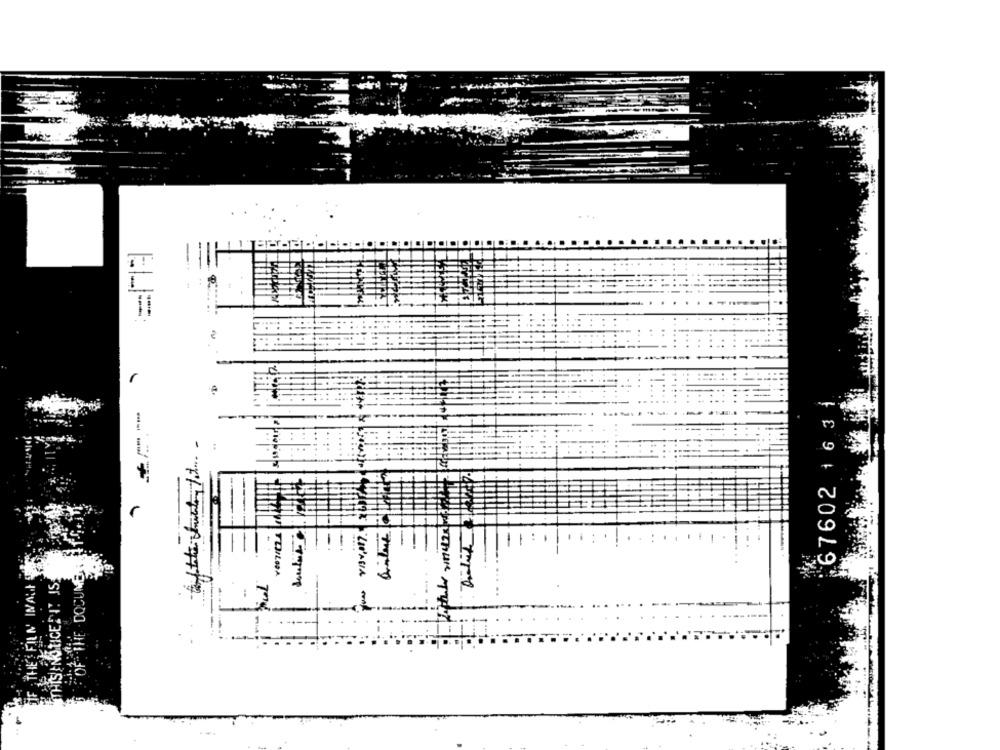
1
67602 1 6 3 1
OF THE DOCUMENT
THISENOSTICENT JSE
I NOGETHA